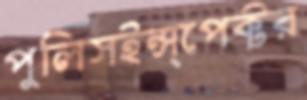
পুলিসইন্‌স্পেক্টর